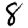
Digit: 8